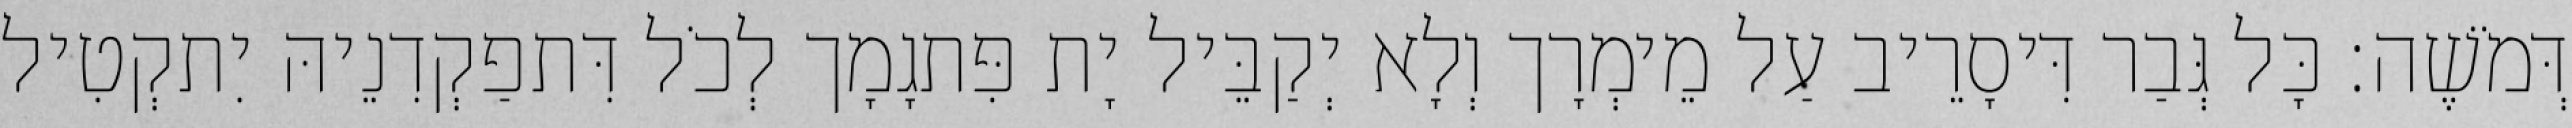
דְּמֹשֶׁה׃ כָּל גְּבַר דִּיסָרֵיב עַל מֵימְרָך וְלָא יְקַבֵּיל יָת פִּתגָמָך לְכֹל דִּתפַקְדִנֵיהּ יִתקְטִיל